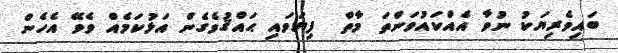
ބައިވެރިޔަކު ނުވާ އެއްކައުވަންތަ މާތް  ފިޔަވައި ޙައްޤުވެގެން އަޅުކަމެއް ވެވޭ އެހެން